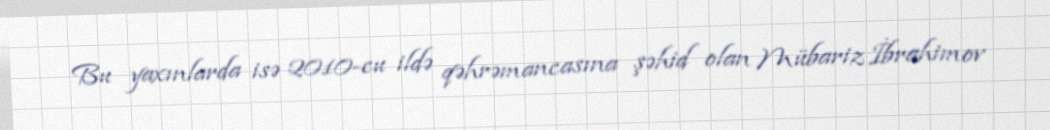
Bu yaxınlarda isə 2010-cu ildə qəhrəmancasına şəhid olan Mübariz İbrahimov